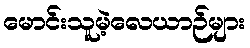
မောင်းသူမဲ့လေယာဉ်များ